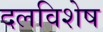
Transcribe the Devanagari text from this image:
दलविशेष